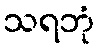
သရဘုံ